Vaccination Hyderabad 1890-1903 - 1890-1903
Year: 1890
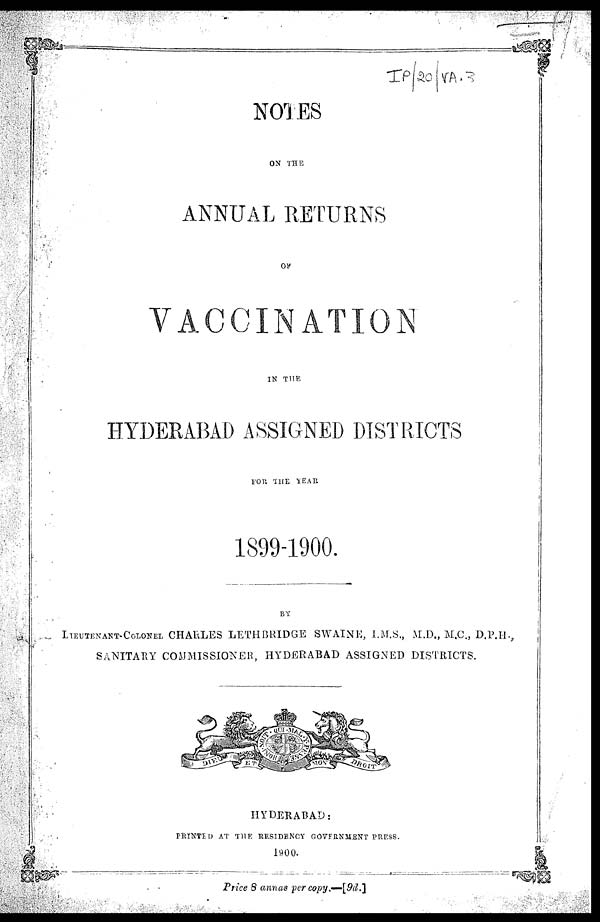
NOTES
ON THE
ANNUAL RETURNS
OF
VACCINATION
IN THE
HYDERABAD ASSIGNED DISTRICTS
FOR THE YEAR
1899-1900.
BY
LIEUTENANT-COLONEL CHARLES LETHBRIDGE SWAINE, I.M.S., M.D., M.C., D.P.H.,
SANITARY COMMISSIONER, HYDERABAD ASSIGNED DISTRICTS.
HYDERABAD:
PRINTED AT THE RESIDENCY GOVERNMENT PRESS.
1900.
Price 8 annas per copy.—[9d.]